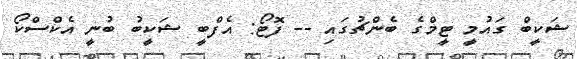
ޝަކީބް ގައުމީ ޓީމްގެ ބެންޗުގައި -- ފޮޓޯ: އެފްބީ ޝަކީބު ބުނީ އެކްސްކޯ